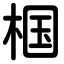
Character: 椢